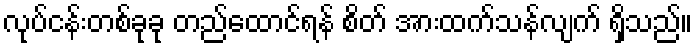
လုပ်ငန်းတစ်ခုခု တည်ထောင်ရန် စိတ် အားထက်သန်လျက် ရှိသည်။